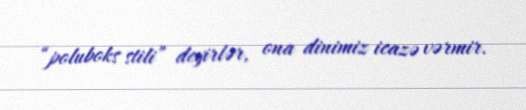
“poluboks stili” deyirlər, ona dinimiz icazə vərmir.